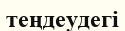
теңдеудегі